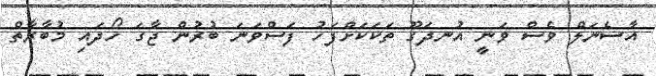
އާސެނަލް ވެސް ވަނީ އުނދަގޫ ތަކަކަށްފަހު ފަސްވަނަ ބުރުން ޖާގަ ހޯދައި މުބާރާތް